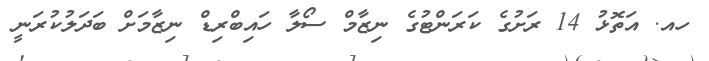
ހއ. އަތޮޅު 14 ރަށުގެ ކަރަންޓުގެ ނިޒާމް ސޯލާ ހައިބްރިޑް ނިޒާމަށް ބަދަލުކުރަނީ